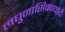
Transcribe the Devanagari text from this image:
लघुनासिकाधारी